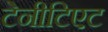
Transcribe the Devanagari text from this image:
टेनीटिएट